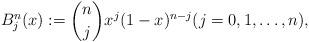
LaTeX: \begin{align*} B^n_{j}(x):=\binom nj x^j(1-x)^{n-j} (j=0,1,\ldots,n),\end{align*}